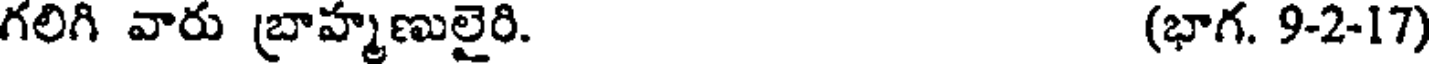
గలిగి వారు బ్రాహ్మణులైరి. (భాగ. 9-2-17)